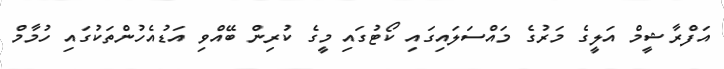
އަފްރާޝީމް އަލީގެ މަރުގެ މައްސަލައިގައި ކޯޓުގައި މީގެ ކުރިން ބޭއްވި އަޑުއެހުންތަކުގައި ހުމާމް